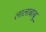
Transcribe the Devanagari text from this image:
लालाबाबू